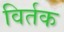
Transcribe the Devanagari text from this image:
विर्तक